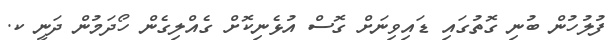
ފުލުހުން ބުނި ގޮތުގައި ޑައިވިނަށް ގޮސް އުޅެނިކޮށް ގެއްލިގެން ހޯދަމުން ދަނީ ކ.